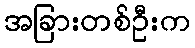
အခြားတစ်ဦးက